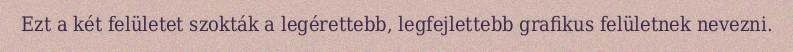
Ezt a két felületet szokták a legérettebb, legfejlettebb grafikus felületnek nevezni.